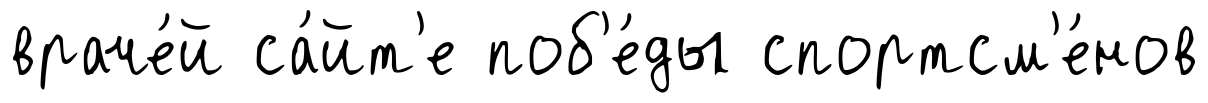
враче́й са́йт'е поб'е́ды спортсм'е́нов